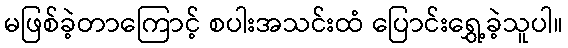
မဖြစ်ခဲ့တာကြောင့် စပါးအသင်းထံ ပြောင်းရွှေ့ခဲ့သူပါ။